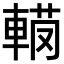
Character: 𨍅